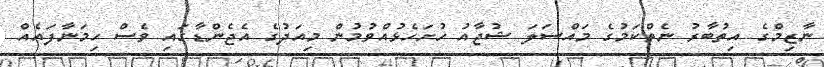
ނާޒިމްގެ އިތުބާރު ނެތްކަމުގެ މައްސަލަ ޝުޖާއު ހުށަހެޅުއްވުމުން މިއަދުގެ އެޖެންޑާގައި ވެސް ހިމަނާފައެއް